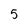
Character: 5